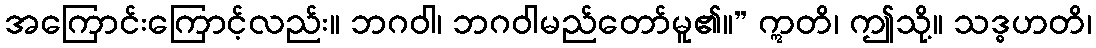
အကြောင်းကြောင့်လည်း။ ဘဂဝါ၊ ဘဂဝါမည်တော်မူ၏။” ဣတိ၊ ဤသို့။ သဒ္ဓဟတိ၊